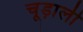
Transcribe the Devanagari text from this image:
चूड़ाली